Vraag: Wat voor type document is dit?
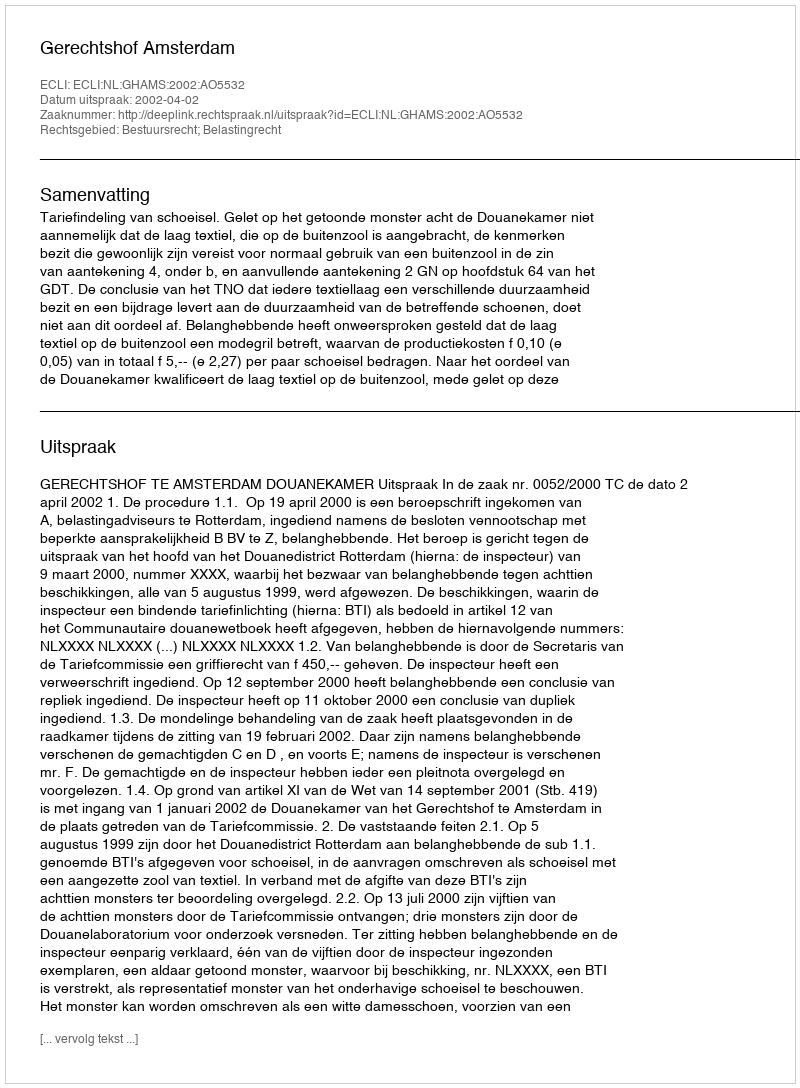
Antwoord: Uitspraak